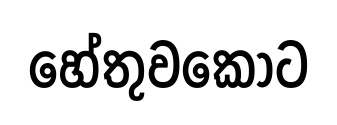
හේතුවකොට